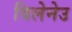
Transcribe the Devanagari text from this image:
विलेनेउ